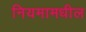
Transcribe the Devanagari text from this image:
नियमामधील